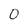
Character: 0